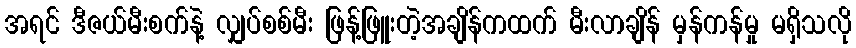
အရင် ဒီဇယ်မီးစက်နဲ့ လျှပ်စစ်မီး ဖြန့်ဖြူးတဲ့အချိန်ကထက် မီးလာချိန် မှန်ကန်မှု မရှိသလို